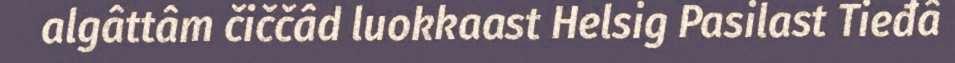
algâttâm čiččâd luokkaast Helsig Pasilast Tieđâ